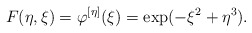
\begin{align*} F(\eta,\xi) = \varphi^{[\eta]}(\xi) = \exp(-\xi^2+\eta^3). \end{align*}